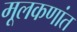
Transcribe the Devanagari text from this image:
मूलकणांत